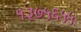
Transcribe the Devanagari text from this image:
१३७५६५५